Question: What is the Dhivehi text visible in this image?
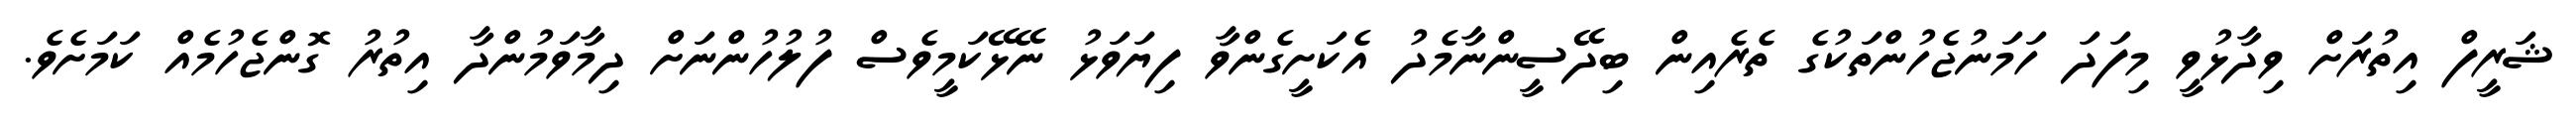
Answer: ޝަރީފް އިތުރަށް ވިދާޅުވީ މިފަދަ ހަމަނުޖެހުންތަކުގެ ތެރެއިން ބިދޭސީންނާމެދު އެކަށީގެންވާ ފިޔަވަޅު ނޭޅޭކަމީވެސް ފުލުހުންނަށް ދިމާވަމުންދާ އިތުރު ގޮންޖެހުމެއް ކަމަށެވެ.